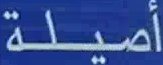
أصيلة